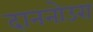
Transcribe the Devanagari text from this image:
दाननोउरा